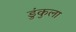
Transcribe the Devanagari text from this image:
डुंकुला